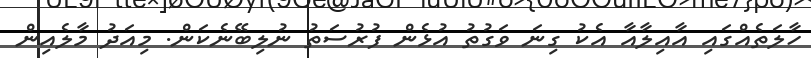
ހާލަތެއްގައި އާއިލާއާ އެކު ގިނަ ވަގުތު އުޅެން ފުރުސަތު ނުލިބޭނެކަން. މިއަދު މާލެއިން